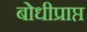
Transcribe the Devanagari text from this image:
बोधीप्राप्त